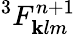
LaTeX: ^3F_{\mathbf{k}lm}^{n+1}